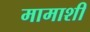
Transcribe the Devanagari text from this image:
मामाशी